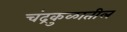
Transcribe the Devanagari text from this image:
चंद्रकुळातील